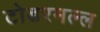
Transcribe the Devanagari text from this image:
टोडरमल्ल